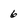
Character: 6